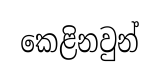
කෙළිනවුන්